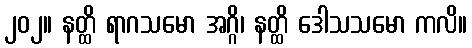
၂၀၂။ နတ္ထိ ရာဂသမော အဂ္ဂိ၊ နတ္ထိ ဒေါသသမော ကလိ။